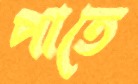
পাতে